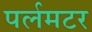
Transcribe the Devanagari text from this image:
पर्लमटर